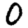
Digit: 0